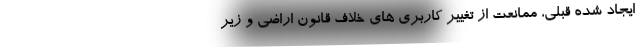
ایجاد شده قبلی، ممانعت از تغییر کاربری های خلاف قانون اراضی و زیر